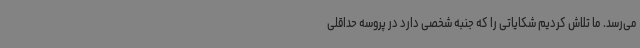
می‌رسد. ما تلاش کردیم شکایاتی را که جنبه شخصی دارد در پروسه حداقلی